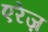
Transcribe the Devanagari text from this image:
एरेज़